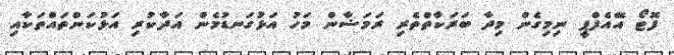
ފޮޓޯ އޭއެފްޕީ ނިމިގެން މިދާ ބަރަކާތްތެރި ރަމަޟާން މަހު އަޅުގަނޑުމެން އަދާކުރި އަޅުކަންތައްތަކާއި